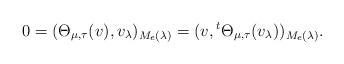
LaTeX: \begin{align*}0=(\Theta_{\mu,\tau}(v),v_\lambda)_{M_e(\lambda)}=(v,{}^{t}\Theta_{\mu,\tau}(v_\lambda))_{M_e(\lambda)}.\end{align*}